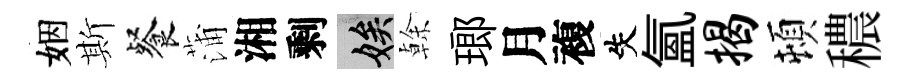
姻斯餐蒲湘剩娭𠏉瑯月複失氳揭頓穠